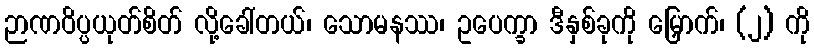
ဉာဏဝိပ္ပယုတ်စိတ် လို့ခေါ်တယ်၊ သောမနဿ၊ ဥပေက္ခာ ဒီနှစ်ခုကို မြှောက်၊ (၂) ကို